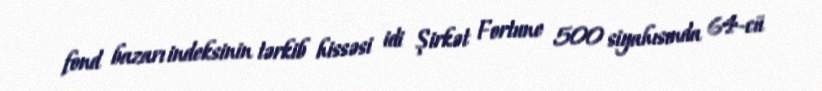
fond bazarı indeksinin tərkib hissəsi idi Şirkət Fortune 500 siyahısında 64-cü